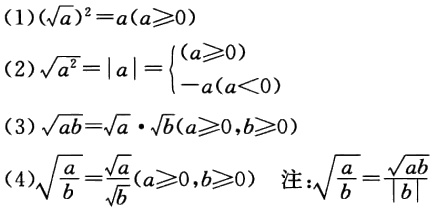
(1) \((\sqrt{a})^2 = a(a\geq0)\)

(2) \(\sqrt{a^2}=|a|=\begin{cases}a(a\geq0)\\ -a(a < 0)\end{cases}\)

(3) \(\sqrt{ab}=\sqrt{a}\cdot\sqrt{b}(a\geq0,b\geq0)\)

(4) \(\sqrt{\frac{a}{b}}=\frac{\sqrt{a}}{\sqrt{b}}(a\geq0,b > 0)\) 注: \(\sqrt{\frac{a}{b}}=\frac{\sqrt{ab}}{|b|}\)